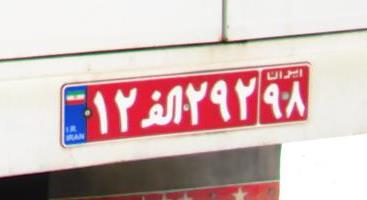
۱۲ا۲۹۲۹۸